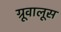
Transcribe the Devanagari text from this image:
ग्रूवालूस